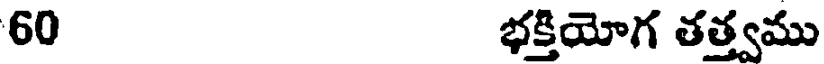
60 భక్తియోగ తత్త్వము